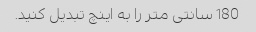
180 سانتی متر را به اینچ تبدیل کنید.